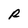
Character: R